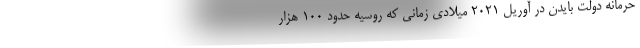
حرمانه دولت بایدن در آوریل ۲۰۲۱ میلادی زمانی که روسیه حدود ۱۰۰ هزار